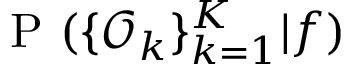
\mathrm { ~ P ~ } ( \{ \mathcal { O } _ { k } \} _ { k = 1 } ^ { K } | f )